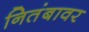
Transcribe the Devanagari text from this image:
नितंबावर